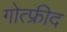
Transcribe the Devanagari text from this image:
गोत्फ्रीद